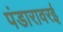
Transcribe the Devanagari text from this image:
पंडारावरई